King Institute of Preventive Medicine Micro-Biological Section reports 1909-11
Year: 1909
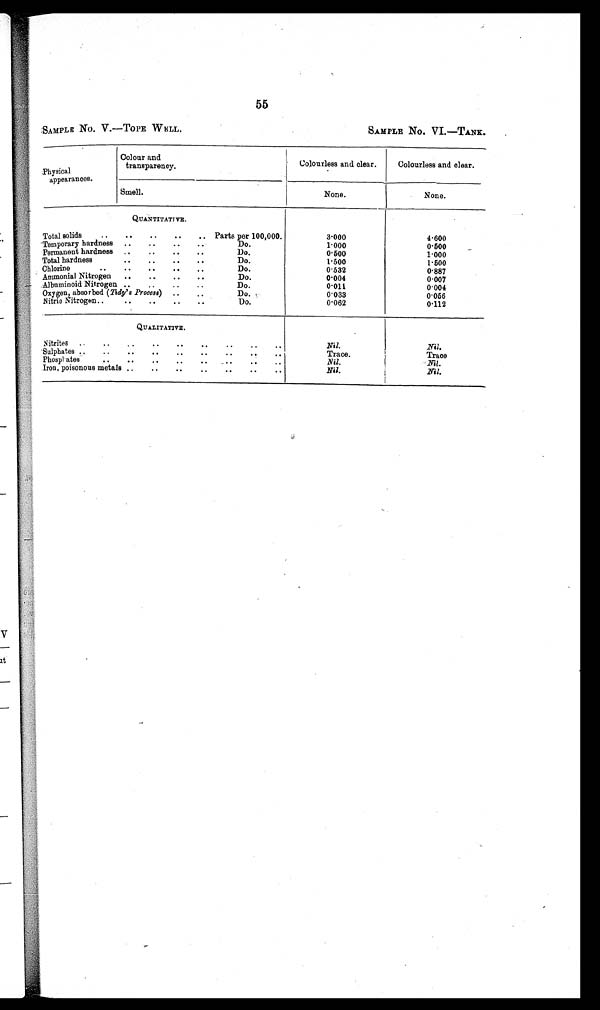
55
SAMPLE No. V.—TOPE WELL.
SAMPLE No. VI.—TANK.
Physical
appearances.
Colour and
transparency
.
Colourless and clear.
Colourless and clear.
Smell.
None.
None.
QUANTITATIVE.
Total solids
..
..
..
..
.. Parts per 100,000.
Temporary hardness
..
..
..
Do.
Permanent hardness
..
00
Do.
hardness
..
..
..
Do.
Chlorine
..
..
..
0
0
Do.
Ammonia! Nitrogen
..
..
..
..
Do.
Albuminoid Nitrogen ..
. .
..
..
Do.
Oxygen, absorbed (Tidy's Process) ..
.
Nitric Nitrogen..
..
..
Do.
Do.
3.000
1.000
0.500
1.500
0.532
0.004
0.011
0.033
0.062
4.600
0.500
1 1.000
1.500
0887
0.007
0.004
0.066
0.112
QUALITATIVE.
Nitrites
..
..
..
:.
..
..
.
Sulphates ..
..
..
..
..
Phosphates
00
..
..
Iron, poisonous metals ..
..
....
..
00
..
00
..
..
Nil.
Trace.
Nil.
Nil.
Nil.
T r a c e
Nil.
j
Nil.
I